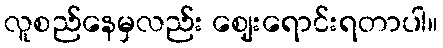
လူစည်နေမှလည်း ဈေးရောင်းရတာပါ။